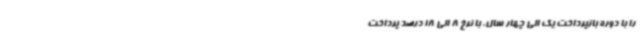
را با دوره بازپرداخت یک الی چهار سال، با نرخ 8 الی 18 درصد پرداخت